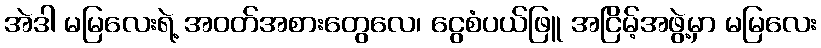
အဲဒါ မမြလေးရဲ့ အဝတ်အစားတွေလေ၊ ငွေစံပယ်ဖြူ အငြိမ့်အဖွဲ့မှာ မမြလေး